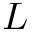
L